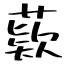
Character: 𦹔